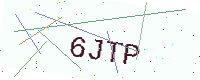
Text: 6JTP